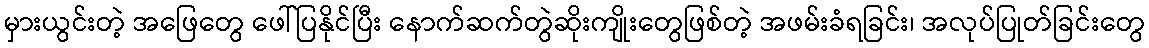
မှားယွင်းတဲ့ အဖြေတွေ ဖေါ်ပြနိုင်ပြီး နောက်ဆက်တွဲဆိုးကျိုးတွေဖြစ်တဲ့ အဖမ်းခံရခြင်း၊ အလုပ်ပြုတ်ခြင်းတွေ